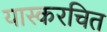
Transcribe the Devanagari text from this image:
यास्करचित